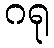
ဂရု